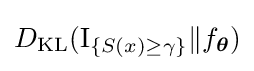
D_{\mathrm {KL} }({\textrm {I}}_{\{S(x)\geq \gamma \}}\|f_{\boldsymbol {\theta }})